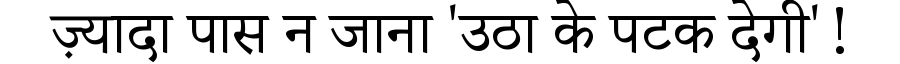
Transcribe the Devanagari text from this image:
ज़्यादा पास न जाना 'उठा के पटक देगी'!